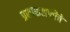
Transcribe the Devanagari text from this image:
प्रकाशशक्तीचे